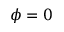
\phi = 0